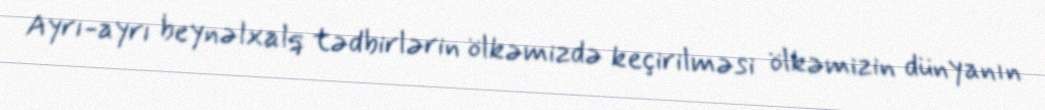
Ayrı-ayrı beynəlxalq tədbirlərin ölkəmizdə keçirilməsi ölkəmizin dünyanın